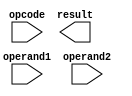
module FloatingPointALU (
    input wire [31:0] operand1,
    input wire [31:0] operand2,
    input wire [2:0] opcode,
    output reg [31:0] result
);

// Define IEEE 754 standard format for floating point numbers
parameter EXPONENT_SIZE = 8;
parameter MANTISSA_SIZE = 23;

// Separate sign, exponent, and mantissa fields
reg sign1, sign2, sign_result;
reg [EXPONENT_SIZE-1:0] exponent1, exponent2, exponent_result;
reg [MANTISSA_SIZE-1:0] mantissa1, mantissa2, mantissa_result;

// Separate components for exponent and mantissa calculations
reg [MANTISSA_SIZE:0] extended_mantissa1, extended_mantissa2, extended_mantissa_result;
reg [47:0] extended_mantissa_mult;
reg [EXPONENT_SIZE:0] adjusted_exponent1, adjusted_exponent2, adjusted_exponent_result;

// Perform arithmetic operations
always @* begin
    // Extract sign, exponent, and mantissa fields from operands
    sign1 = operand1[31];
    exponent1 = operand1[30:23];
    mantissa1 = operand1[22:0];
    
    sign2 = operand2[31];
    exponent2 = operand2[30:23];
    mantissa2 = operand2[22:0];
    
    // Perform arithmetic operation based on opcode
    case(opcode)
        0: begin // Addition
            // Perform addition operations on exponent and mantissa
            // Update sign, exponent, and mantissa fields for result
        end
        1: begin // Subtraction
            // Perform subtraction operations on exponent and mantissa
            // Update sign, exponent, and mantissa fields for result
        end
        2: begin // Multiplication
            // Perform multiplication operations on exponent and mantissa
            // Update sign, exponent, and mantissa fields for result
        end
        3: begin // Division
            // Perform division operations on exponent and mantissa
            // Update sign, exponent, and mantissa fields for result
        end
        default: begin // Invalid opcode
            $display("Invalid opcode");
        end
    endcase
end

// Combine sign, exponent, and mantissa fields to form result
always @* begin
    // Combine sign, exponent, and mantissa fields for result
    // Round mantissa as needed
end

endmodule